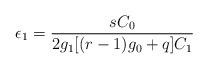
LaTeX: \begin{align*}\epsilon_1= \frac {sC_0}{2g_1[(r-1)g_0+q]C_1}\end{align*}